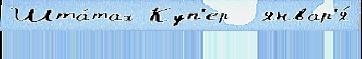
Шта́тах Куп'ер  январ'я́